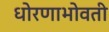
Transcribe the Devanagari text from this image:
धोरणाभोवती